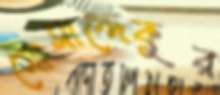
মোসাদ্দেকুর